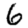
Digit: 6